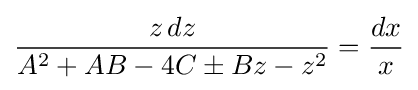
{\frac {z\,dz}{A^{2}+AB-4C\pm Bz-z^{2}}}={\frac {dx}{x}}